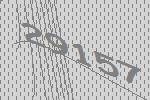
29157